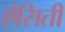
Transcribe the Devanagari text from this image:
ऐसिती